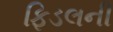
ફિડલની